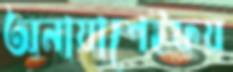
অনায়াশেইফয়